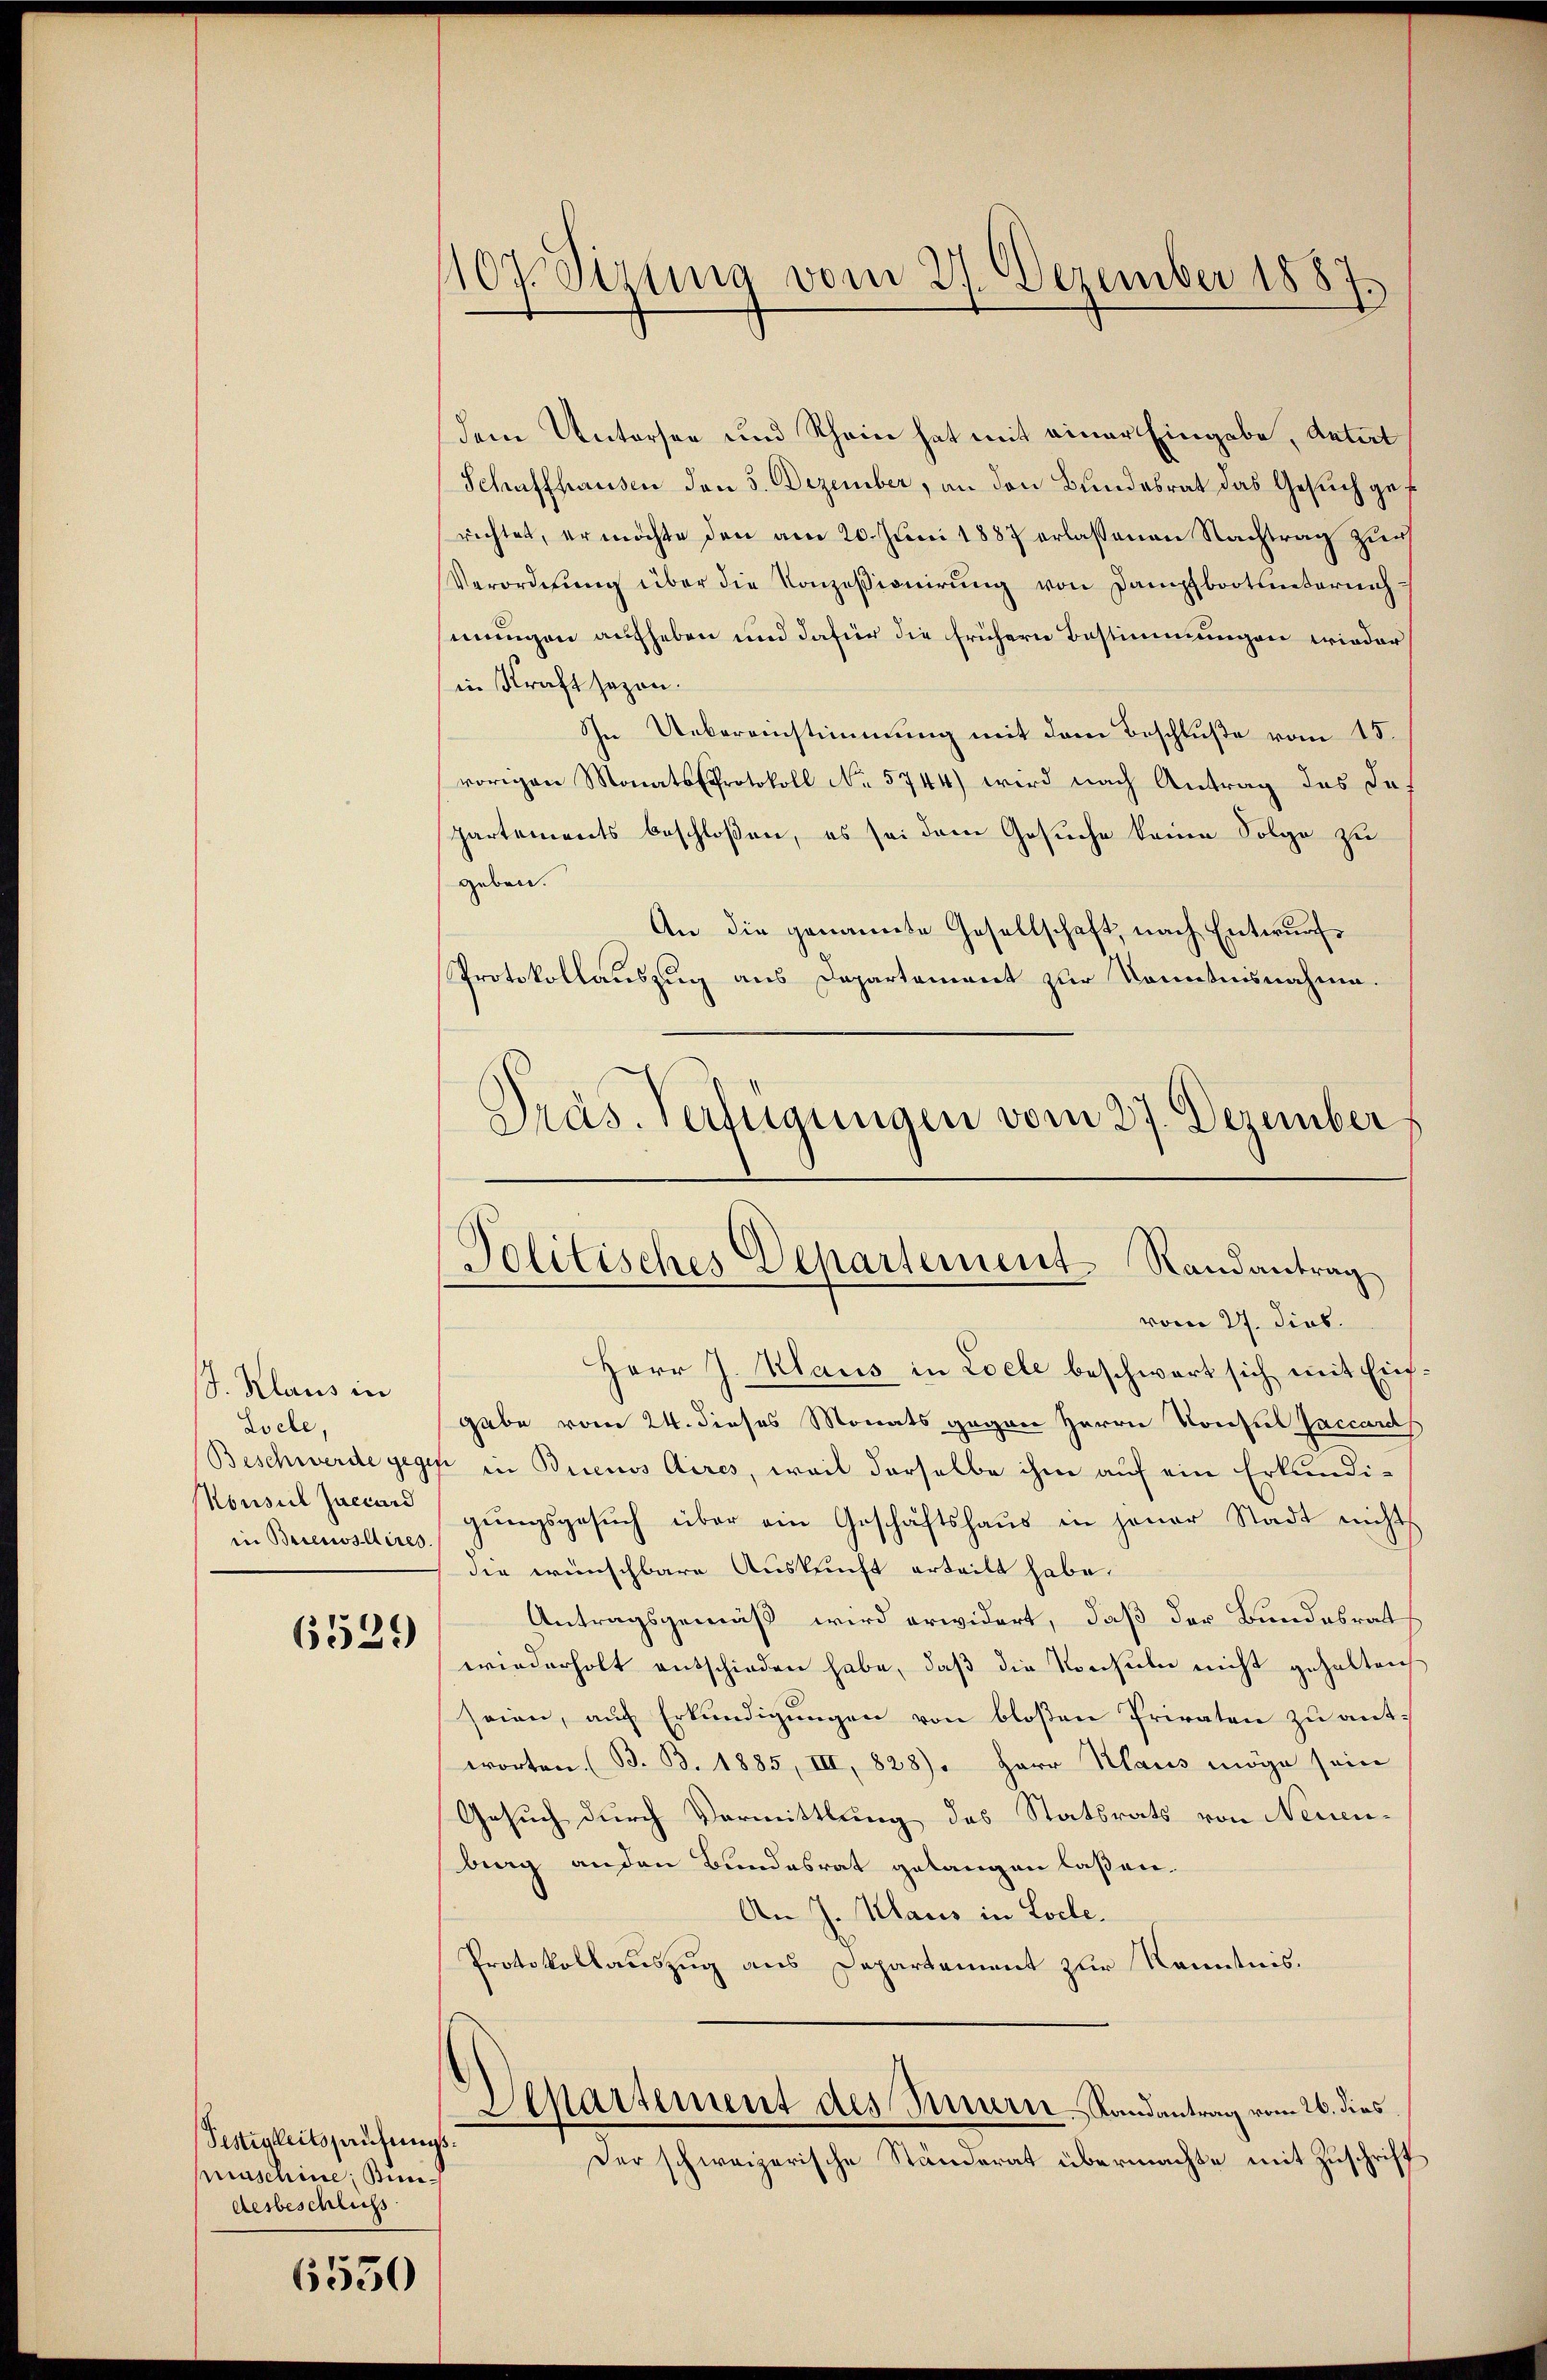
J. Klaus in
Loche
Konsul Zaccard
in Buenos Aires.

6539

Testigkeitspautungsmaschine Bundesbeschluss

6550

1107. Sitzung vom 27. Dezember 1887.

Präs. Verfügungen vom 27. Dezember
Politisches Departement Randantrag

dem Untersee und Rhein hat mit einer Eingabe, Antal
Schaffhausen den 5. Dezember, an den Bundesrat das Gesuch gerichtet, er möchte den am 20. Juni 1887 erlassenen Nachtrag zur
Verordnung über die Konzessionirung von Dampfbootternahmmungen aufheben und dafür die frühern Bestimmungen wieder
in Kraft sezen.
In Uebereinstimmung mit dem Beschluße vom 15.
vorigen Monats-Protokoll No 5744) wird nach Antrag des de
partements beschloßen, es sei dem Gesuche keine Folge zu
geben.
An die genannte Gesellschaft, nach Entwurf
Protokollauszug aus Departement zur Kenntnisnahme.
vom 27. dies
Herr J. Klaus in Loele beschwert sich mit Eingabe vom 24. dieses Monats gegen Herrn Konsul Jaccarchs
Beschwerde gegen in Buenos Aires, weil derselbe ihm auf ein Erkundigŭngsgesŭch über ein Geschäftshaŭs in jener Stadt nichts
die wünschbare Auskunft erteilt habe.
Antragsgemäß wird erwidert, daß der Bundesrat
wiederholt entschieden habe, daß die Konsuln nicht gehalten
seien, auf Erkundigungen von bloßen Privaten zu antworten. (B. B. 1885, III, 828). Herr Klaus möge sein
Gesuch durch Vermittlung des Statsrats von Neuen-
berg anden Bundesrat gelangen laßen.
An J. Haus in Loche.
Protokollauszug aus Departement zur Kenntnis.
Departement des Turn-Randantrag vom 26. dies
Der schweizerische Ständerat übermachte mit Zuschrift